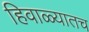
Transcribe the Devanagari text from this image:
हिवाळ्यातच